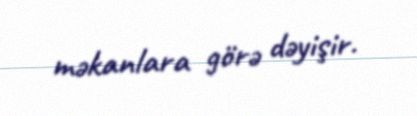
məkanlara görə dəyişir.